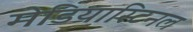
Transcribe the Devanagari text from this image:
मेडियास्टिनल